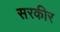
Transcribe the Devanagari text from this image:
सरकीर